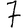
Digit: 7